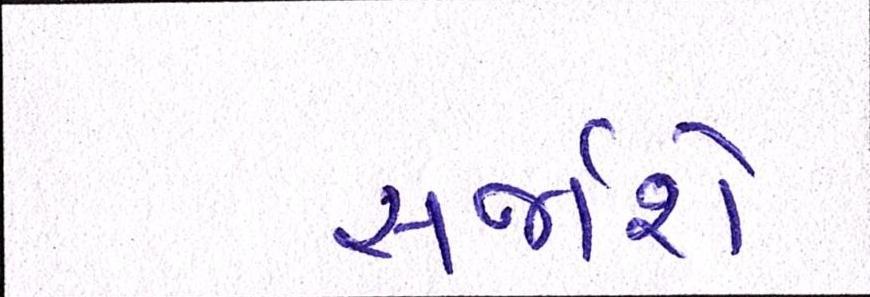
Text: સર્જાશે